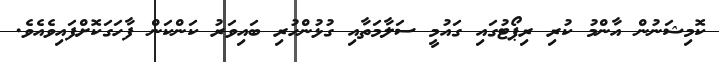
ކޮމިޝަނުން އާންމު ކުރި ރިޕޯޓުގައި ގައުމީ ސަލާމަތާއި ގުޅުންހުރި ބައިވަރު ކަންކަން ފާހަގަކޮށްފައިވެއެވެ.